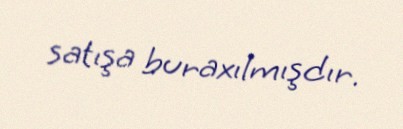
satışa buraxılmışdır.